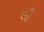
લી